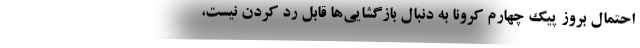
احتمال بروز پیک چهارم کرونا به دنبال بازگشایی‌ها قابل رد کردن نیست،